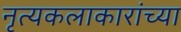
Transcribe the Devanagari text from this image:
नृत्यकलाकारांच्या